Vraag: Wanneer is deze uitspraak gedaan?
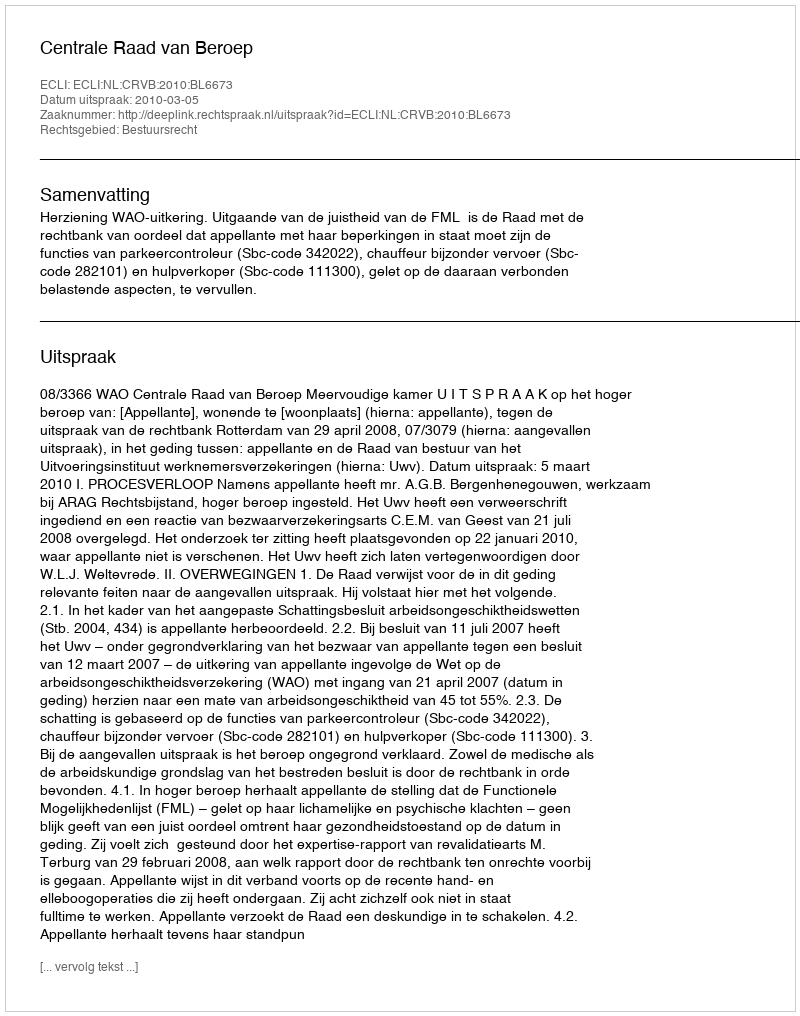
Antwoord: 2010-03-05